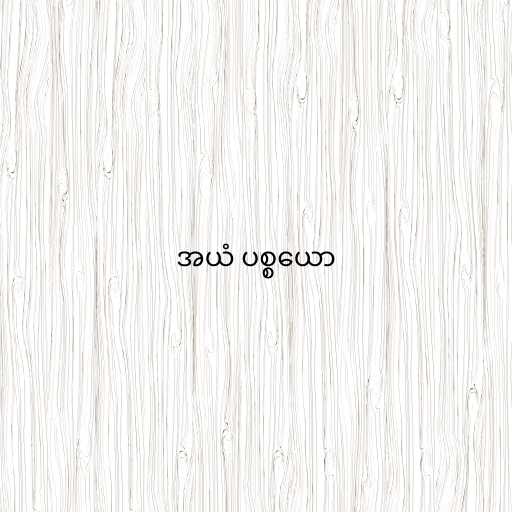
အယံ ပစ္စယော